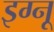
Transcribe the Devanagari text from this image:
इग्‍नू